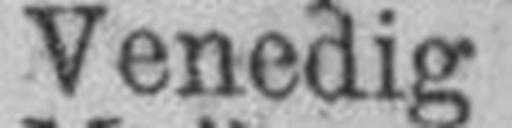
Venedig